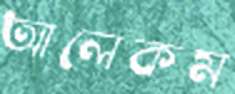
আলেকম